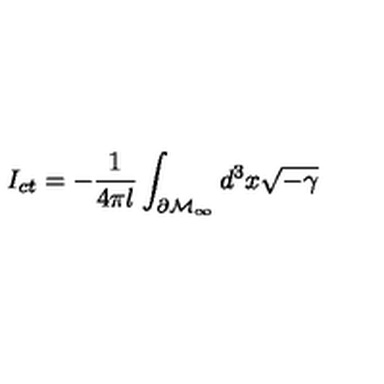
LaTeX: I _ { c t } = - \frac 1 { 4 \pi l } \int _ { \partial \mathcal { M } _ { \infty } } d ^ { 3 } x \sqrt { - \gamma }